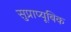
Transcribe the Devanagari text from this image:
सुप्राप्यूबिक